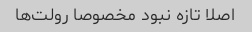
اصلا تازه نبود مخصوصا رولت‌ها